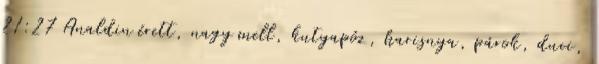
21:27 Analdin érett, nagy mell, kutyapóz, harisnya, párok, duci,